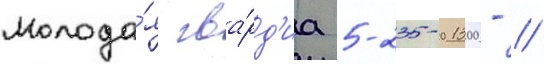
Молода́я гва́рд'иа 5-235-01300- //